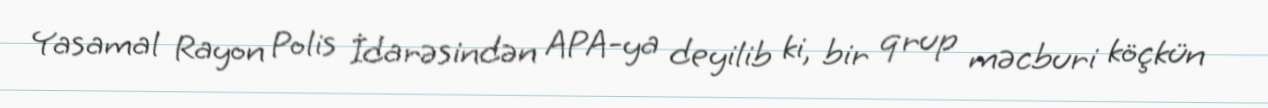
Yasamal Rayon Polis İdarəsindən APA-ya deyilib ki, bir qrup məcburi köçkün